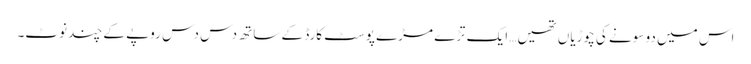
اس میں دو سونے کی چوڑیاں تھیں… ایک تڑے مڑے پوسٹ کارڈ کے ساتھ دس دس روپے کے چند نوٹ۔